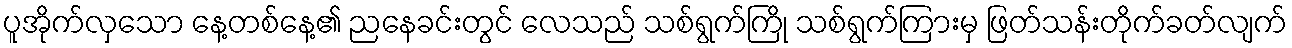
ပူအိုက်လှသော နေ့တစ်နေ့၏ ညနေခင်းတွင် လေသည် သစ်ရွက်ကြို သစ်ရွက်ကြားမှ ဖြတ်သန်းတိုက်ခတ်လျက်